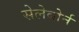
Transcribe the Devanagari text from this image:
सेलेबोर्न